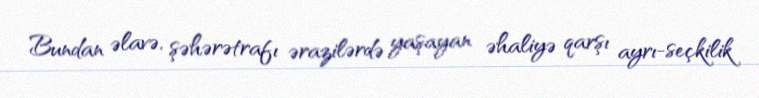
Bundan əlavə, şəhərətrafı ərazilərdə yaşayan əhaliyə qarşı ayrı-seçkilik